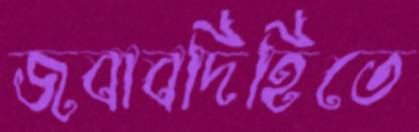
জবাবদিহিতে